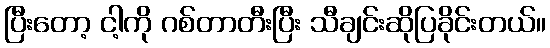
ပြီးတော့ ငါ့ကို ဂစ်တာတီးပြီး သီချင်းဆိုပြခိုင်းတယ်။